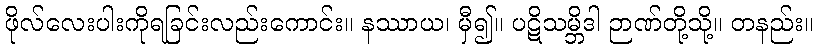
ဖိုလ်လေးပါးကိုရခြင်းလည်းကောင်း။ နဿာယ၊ မှီ၍။ ပဋိသမ္ဘိဒါ ဉာဏ်တို့သို့။ တနည်း။